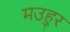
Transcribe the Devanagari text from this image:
मउहुर